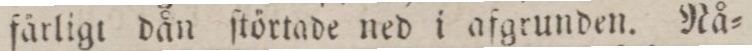
fårligt dån ſtörtade ned i afgrunden. Nå=